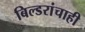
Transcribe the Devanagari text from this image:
बिल्डरांचाही